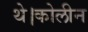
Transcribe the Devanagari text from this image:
थे।कोलीन